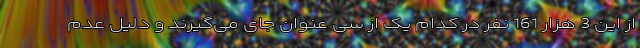
از این 3 هزار 161 نفر در کدام یک از سی عنوان جای می‌گیرند و دلیل عدم